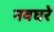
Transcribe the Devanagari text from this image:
नवघरे